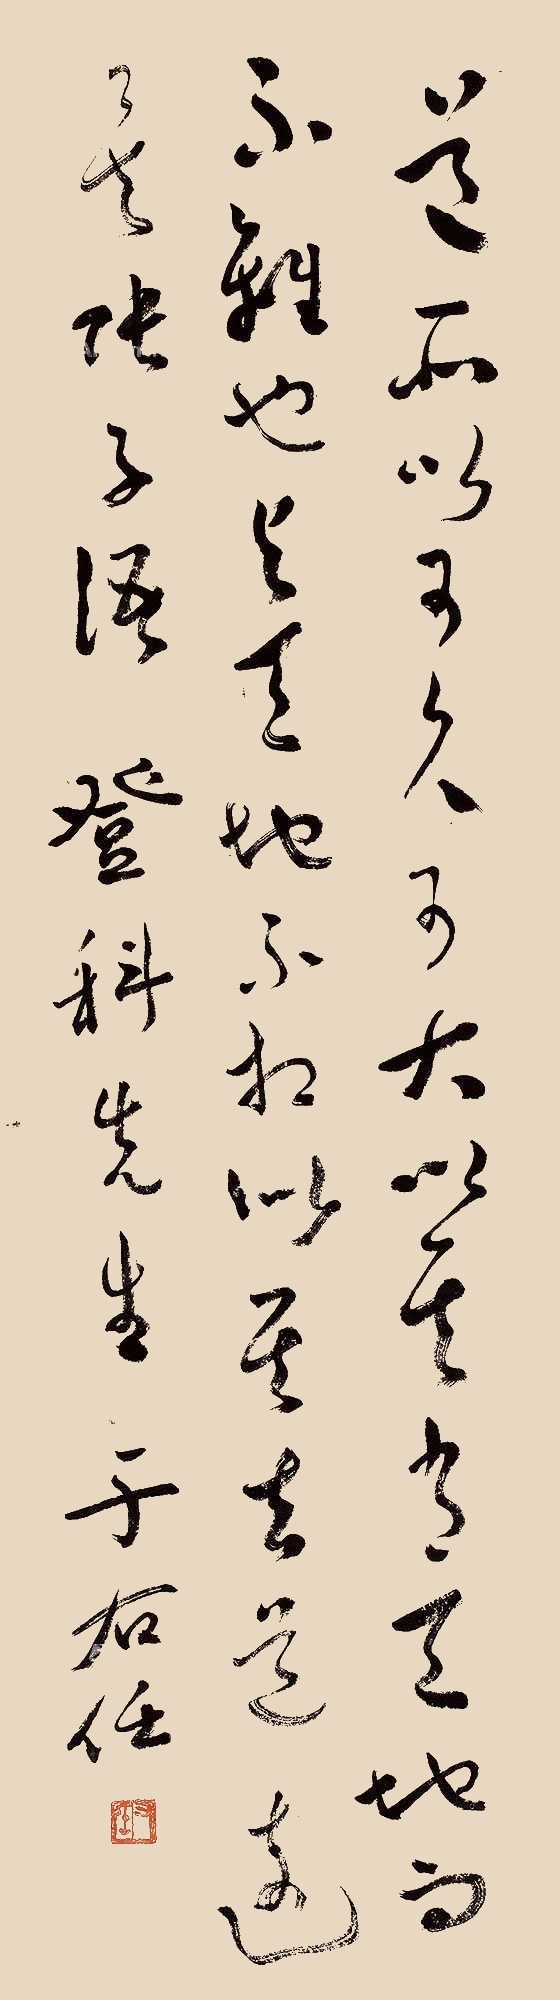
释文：道所以可久可大以其肖天地而不杂也与天地不相似其违道也远矣张子语登科先生于右任